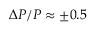
\Delta P / P \approx \pm 0 . 5 \